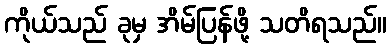
ကိုယ်သည် ခုမှ အိမ်ပြန်ဖို့ သတိရသည်။